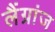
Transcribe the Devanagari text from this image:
लैंग्रांज